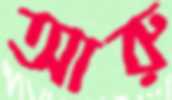
আরু